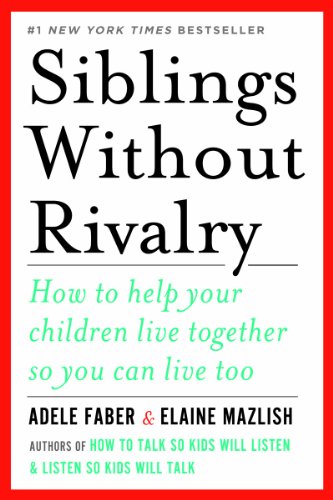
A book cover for Siblings Without Rivalry: How to Help Your Children Live Together So You Can Live Too; Adele Faber; Parenting & Relationships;